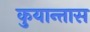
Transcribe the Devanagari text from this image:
कुयान्तास